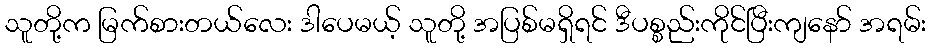
သူတို့က မြက်စားတယ်လေး ဒါပေမယ့် သူတို့ အပြစ်မရှိရင် ဒီပစ္စည်းကိုင်ပြီးကျနော် အရမ်း